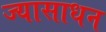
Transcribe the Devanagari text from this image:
ज्यासाधन